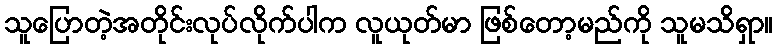
သူပြောတဲ့အတိုင်းလုပ်လိုက်ပါက လူယုတ်မာ ဖြစ်တော့မည်ကို သူမသိရှာ။